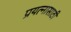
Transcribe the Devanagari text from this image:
प्रयत्‍नासाठी